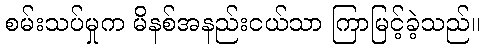
စမ်းသပ်မှုက မိနစ်အနည်းငယ်သာ ကြာမြင့်ခဲ့သည်။